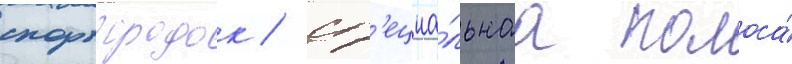
спортгородок / сп'ециа́льнаа полоса́